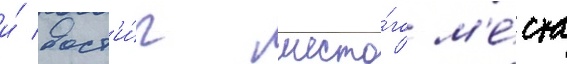
и́ дост'и́г шесто́го м'е́ста